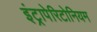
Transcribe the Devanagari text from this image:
इंट्रापेरिटोनियम